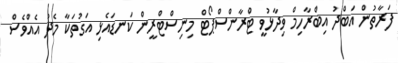
ފަރާތުން އަބްދު އިބްރާހިމް ވިދާޅުވީ ޓްރާންސްޕޯޓް މިނިސްޓްރީން ކަނޑައެޅި އަގުތަކާ މެދު އެއްވެސް